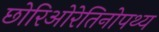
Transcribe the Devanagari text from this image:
छोरिओरेतिनोपथ्य